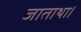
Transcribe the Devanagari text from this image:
जाताथा।